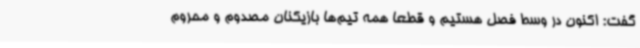
گفت: اکنون در وسط فصل هستیم و قطعا همه تیم‌ها بازیکنان مصدوم و محروم